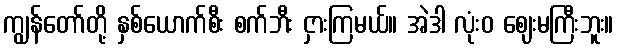
ကျွန်တော်တို့ နှစ်ယောက်စီး စက်ဘီး ငှားကြမယ်။ အဲဒါ လုံးဝ ဈေးမကြီးဘူး။